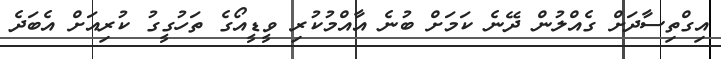
އިގްތިސާދަށް ގެއްލުން ދޭނެ ކަމަށް ބުނެ އާއްމުކުރި ވީޑީއޯގެ ތަހުގީގު ކުރިއަށް އެބަދެ